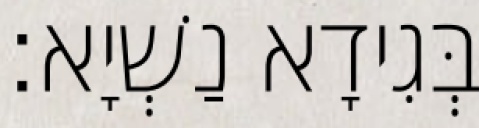
בְּגִידָא נַשְׁיָא׃